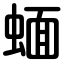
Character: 蝒